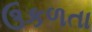
ઉકળતા